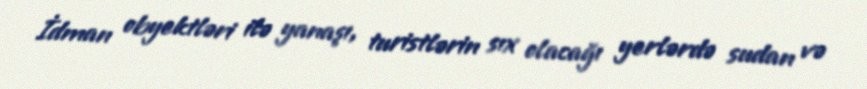
İdman obyektləri ilə yanaşı, turistlərin sıx olacağı yerlərdə sudan və